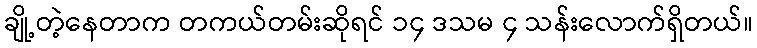
ချို့တဲ့နေတာက တကယ်တမ်းဆိုရင် ၁၄ ဒသမ ၄ သန်းလောက်ရှိတယ်။